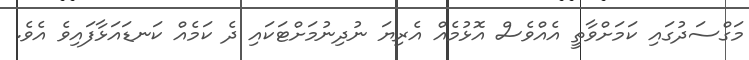
މަގްސަދުގައި ކަމަށްވާތީ އެއްވެސް އޮޅުމެއް އެރިޔަ ނުދިނުމަށްޓަކައި ދެ ކަމެއް ކަނޑައަޅާފައިވެ އެވެ.